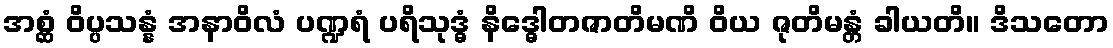
အစ္ဆံ ဝိပ္ပသန္နံ အနာဝိလံ ပဏ္ဍရံ ပရိသုဒ္ဓံ နိဒ္ဓေါတဇာတိမဏိ ဝိယ ဇုတိမန္တံ ခါယတိ။ ဒိသတော